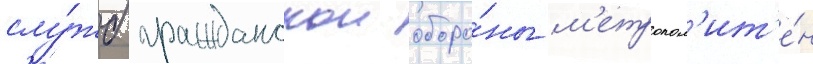
слу́жб гражданскои оборо́ны м'етропол'ит'е́н